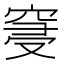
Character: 𮄀